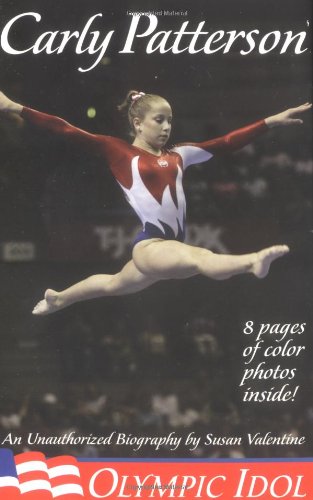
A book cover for Carly Patterson: Olympic Idol; Susan Valentine; Children's Books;